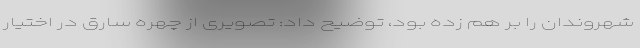
شهروندان را بر هم زده بود، توضیح داد: تصویری از چهره سارق در اختیار